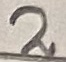
Text: 2